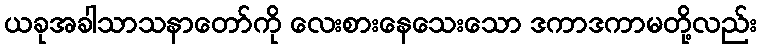
ယခုအခါသာသနာတော်ကို လေးစားနေသေးသော ဒကာဒကာမတို့လည်း